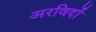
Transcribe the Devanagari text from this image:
अरविदों